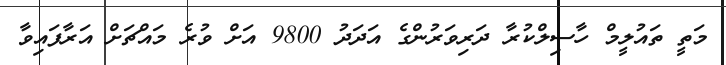
މަތީ ތައުލީމް ހާސިލްކުރާ ދަރިވަރުންގެ އަދަދު 9800 އަށް ވުރެ މައްޗަށް އަރާފައިވާ